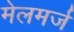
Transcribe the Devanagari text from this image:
मेलमर्ज